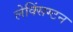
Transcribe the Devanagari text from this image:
लेक्सिंग्‍टन